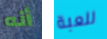
أنه للعبة